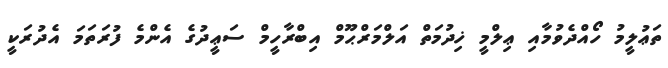
ތަޢުލީމު ހޯއްދެވުމާއި ޢިލްމީ ޚިދުމަތް އަލްމަރްޙޫމް އިބްރާހީމް ސަޢީދުގެ އެންމެ ފުރަތަމަ އެދުރަކީ